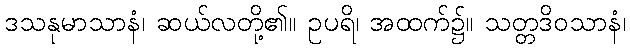
ဒသနုမာသာနံ၊ ဆယ်လတို့၏။ ဥပရိ၊ အထက်၌။ သတ္တဒိဝသာနံ၊